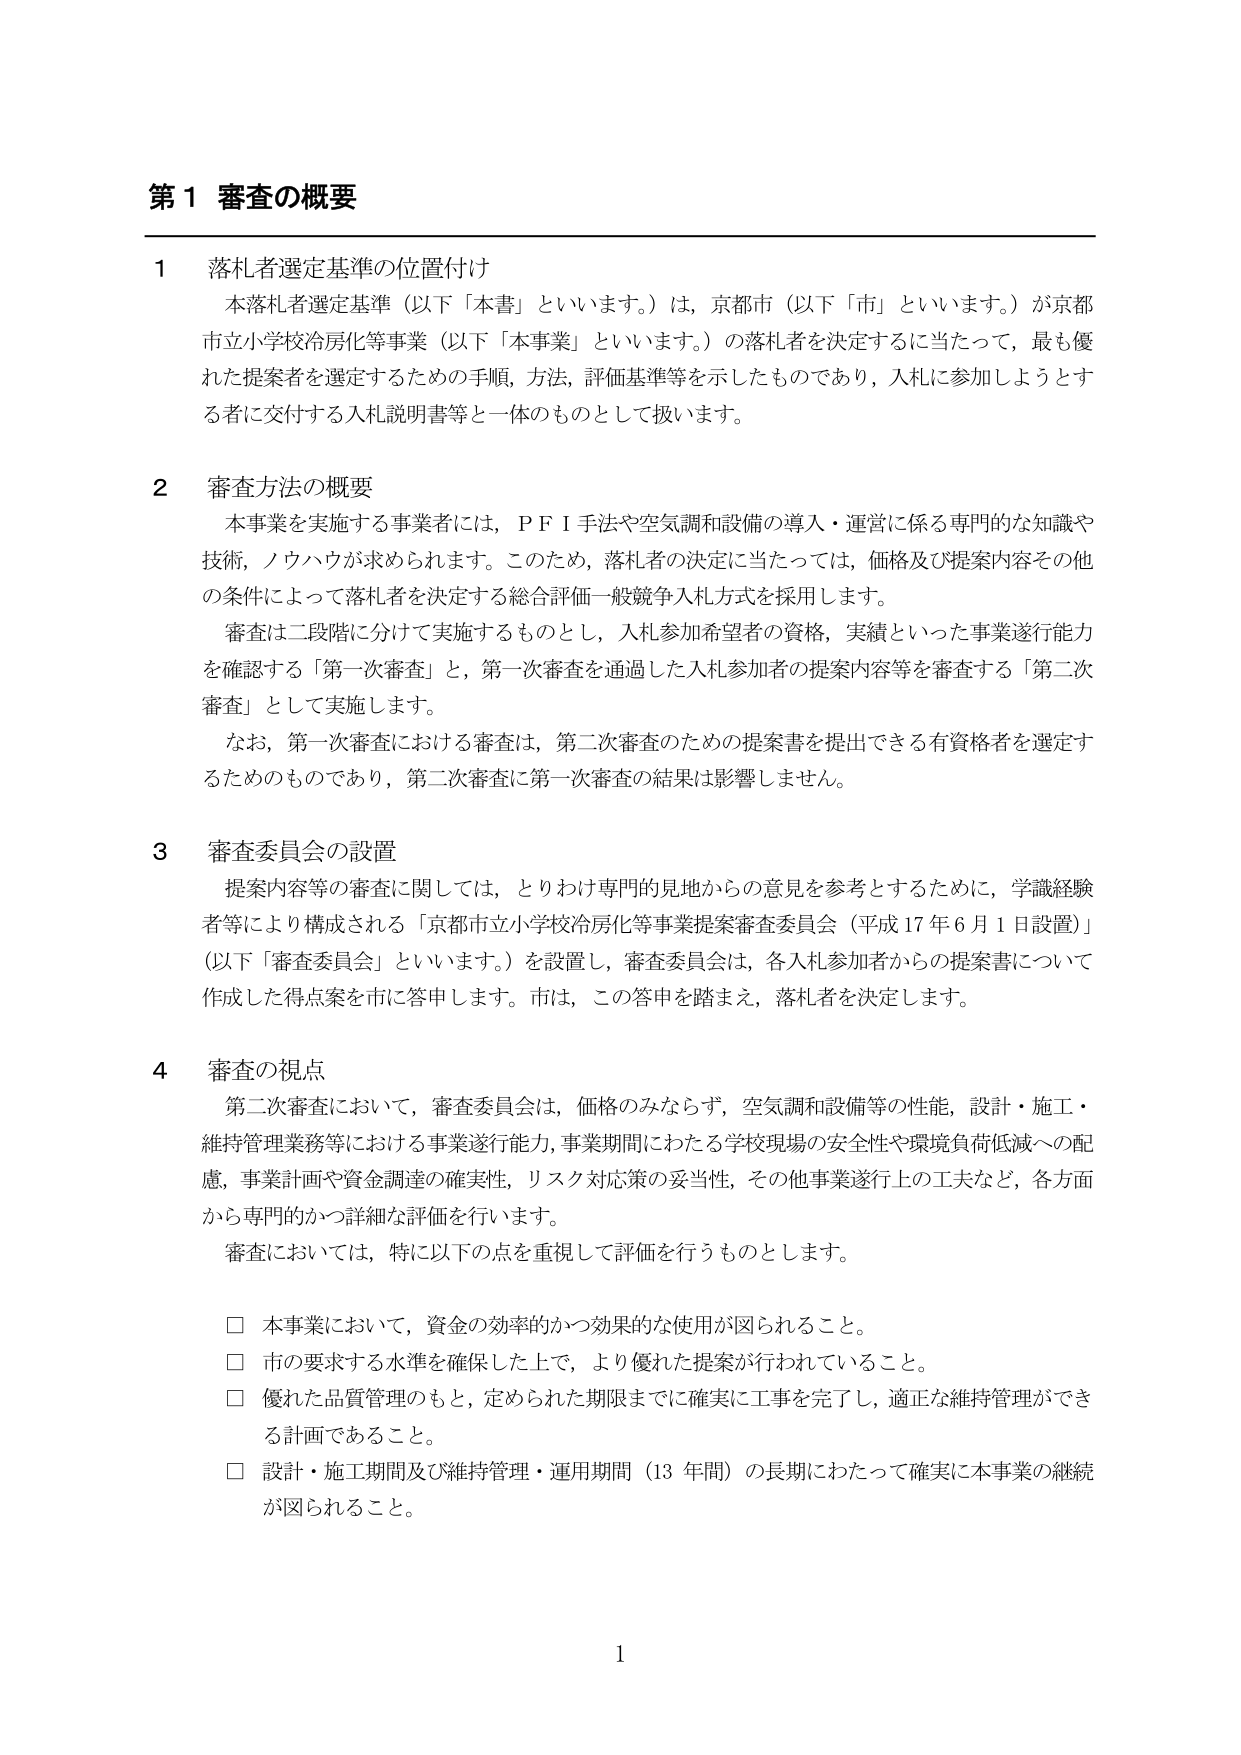
第１ 審査の概要

１ 落札者選定基準の位置付け
　本落札者選定基準（以下「本書」といいます。）は，京都市（以下「市」といいます。）が京都市立小学校冷房化等事業（以下「本事業」といいます。）の落札者を決定するに当たって，最も優れた提案者を選定するための手順，方法，評価基準等を示したものであり，入札に参加しようとする者に交付する入札説明書等と一体のものとして扱います。

２ 審査方法の概要
　本事業を実施する事業者には，ＰＦＩ手法や空気調和設備の導入・運営に係る専門的な知識や技術，ノウハウが求められます。このため，落札者の決定に当たっては，価格及び提案内容その他の条件によって落札者を決定する総合評価一般競争入札方式を採用します。
　審査は二段階に分けて実施するものとし，入札参加希望者の資格，実績といった事業遂行能力を確認する「第一次審査」と，第一次審査を通過した入札参加者の提案内容等を審査する「第二次審査」として実施します。
　なお，第一次審査における審査は，第二次審査のための提案書を提出できる有資格者を選定するためのものであり，第二次審査に第一次審査の結果は影響しません。

３ 審査委員会の設置
　提案内容等の審査に関しては，とりわけ専門的見地からの意見を参考とするために，学識経験者等により構成される「京都市立小学校冷房化等事業提案審査委員会（平成17年6月1日設置）」（以下「審査委員会」といいます。）を設置し，審査委員会は，各入札参加者からの提案書について作成した得点案を市に答申します。市は，この答申を踏まえ，落札者を決定します。

４ 審査の視点
　第二次審査において，審査委員会は，価格のみならず，空気調和設備等の性能，設計・施工・維持管理業務等における事業遂行能力，事業期間にわたる学校現場の安全性や環境負荷低減への配慮，事業計画や資金調達の確実性，リスク対応策の妥当性，その他事業遂行上の工夫など，各方面から専門的かつ詳細な評価を行います。
　審査においては，特に以下の点を重視して評価を行うものとします。

　□ 本事業において，資金の効率的かつ効果的な使用が図られること。
　□ 市の要求する水準を確保した上で，より優れた提案が行われていること。
　□ 優れた品質管理のもと，定められた期限までに確実に工事を完了し，適正な維持管理ができる計画であること。
　□ 設計・施工期間及び維持管理・運用期間（13年間）の長期にわたって確実に本事業の継続が図られること。

1